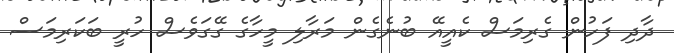
ދާދި ފަހުން ގެރިމަސް ކެއީއޭ ބުނެގެން މަރާލި މީހާގެ ގޭގަވެސް ހުރީ ބަކަރިމަސް